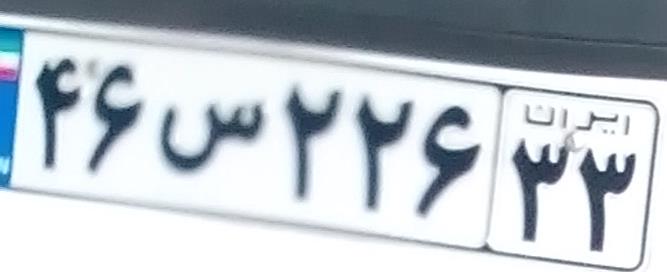
۴۶س۲۲۶۳۳